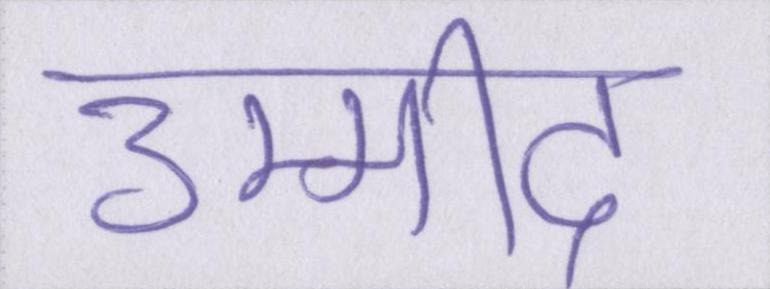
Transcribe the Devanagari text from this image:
उम्मीद